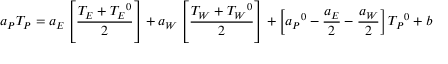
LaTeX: a _ { P } T _ { P } = a _ { E } \left[ { \frac { T _ { E } + { T _ { E } } ^ { 0 } } { 2 } } \right] + a _ { W } \left[ { \frac { T _ { W } + { T _ { W } } ^ { 0 } } { 2 } } \right] + \left[ { a _ { P } } ^ { 0 } - { \frac { a _ { E } } { 2 } } - { \frac { a _ { W } } { 2 } } \right] { T _ { P } } ^ { 0 } + b